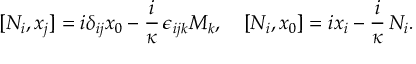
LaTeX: [ N _ { i } , x _ { j } ] = i \delta _ { i j } x _ { 0 } - \frac { i } \kappa \, \epsilon _ { i j k } M _ { k } , \quad [ N _ { i } , x _ { 0 } ] = i x _ { i } - \frac { i } \kappa \, N _ { i } .